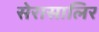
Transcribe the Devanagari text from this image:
सेरासालिर